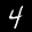
Label: 4